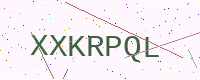
Text: XXKRPQL